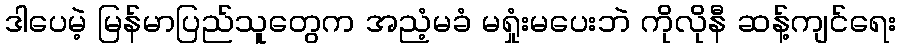
ဒါပေမဲ့ မြန်မာပြည်သူတွေက အညံ့မခံ မရှုံးမပေးဘဲ ကိုလိုနီ ဆန့်ကျင်ရေး